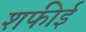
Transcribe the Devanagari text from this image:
शफीई